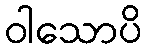
ဝါသောပိ